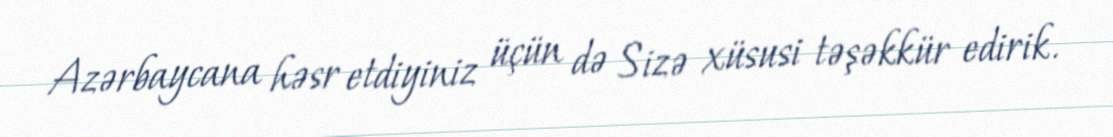
Azərbaycana həsr etdiyiniz üçün də Sizə xüsusi təşəkkür edirik.